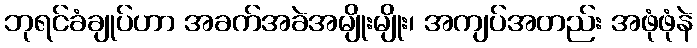
ဘုရင်ခံချုပ်ဟာ အခက်အခဲအမျိုးမျိုး၊ အကျပ်အတည်း အဖုံဖုံနဲ